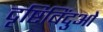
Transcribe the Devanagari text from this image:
दृष्टिबिंदुओं